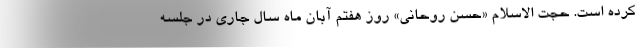
کرده است. حجت الاسلام «حسن روحانی» روز هفتم آبان ماه سال جاری در جلسه